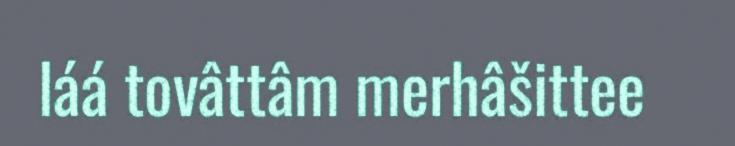
láá tovâttâm merhâšittee